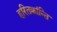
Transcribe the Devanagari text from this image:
हरितक्रांन्ति